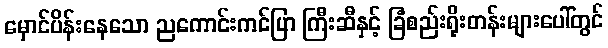
မှောင်ပိန်းနေသော ညကောင်းကင်ပြာ ကြီးဆီနှင့် ခြံစည်းရိုးတန်းများပေါ်တွင်